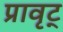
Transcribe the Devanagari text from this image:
प्रावृट्